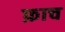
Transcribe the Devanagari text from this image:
फ़ाच